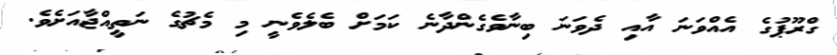
ގްރޫޕުގެ އެއްވަނަ އާއި ދެވަނަ ބިނާވެގެންދާނެ ކަމަށް ބެލެވެނީ މި މެޗުގެ ނަތީއްޖާއަށެވެ.